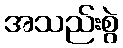
အသည်းစွဲ